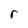
Character: r